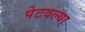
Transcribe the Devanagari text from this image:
पेटवल्या